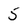
Character: 5